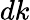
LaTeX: dk